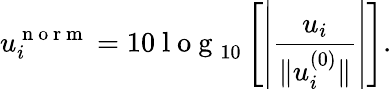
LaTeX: u_{i}^{\mathrm{~n~o~r~m~}}=10\mathrm{~l~o~g~}_{10}\left[\left|\frac{u_{i}}{\lVert u_{i}^{(0)}\rVert}\right|\right].